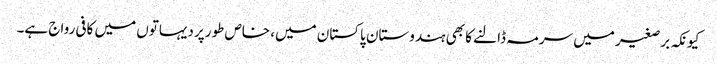
کیونکہ برصغیر میں سرمہ ڈالنے کا بھی ہندوستان پاکستان میں، خاص طورپر دیہاتوں میں کافی رواج ہے۔